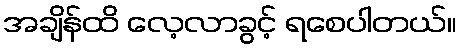
အချိန်ထိ လေ့လာခွင့် ရစေပါတယ်။